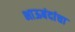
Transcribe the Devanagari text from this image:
भाऊबंदांचा